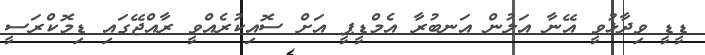
ޑީޑީ ވިދާޅުވީ އޭނާ އަލުން އަނބުރާ އެމްޑީޕީ އަށް ސޮއިކުރެއްވީ ރާއްޖޭގައި ޑިމޮކްރަސީ